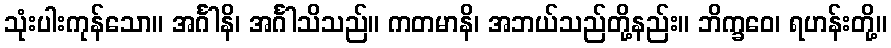
သုံးပါးကုန်သော။ အင်္ဂါနိ၊ အင်္ဂါသိသည်။ ကတမာနိ၊ အဘယ်သည်တို့နည်း။ ဘိက္ခဝေ၊ ရဟန်းတို့။